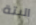
البتة